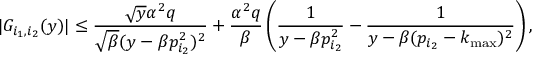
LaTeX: | { \cal G } _ { i _ { 1 } , i _ { 2 } } ( y ) | \leq { \frac { \sqrt { y } \alpha ^ { 2 } q } { \sqrt { \beta } ( y - \beta p _ { i _ { 2 } } ^ { 2 } ) ^ { 2 } } } + \frac { \alpha ^ { 2 } q } { \beta } \left( \frac { 1 } { y - \beta p _ { i _ { 2 } } ^ { 2 } } - { \frac { 1 } { y - \beta ( p _ { i _ { 2 } } - k _ { \mathrm { m a x } } ) ^ { 2 } } } \right) ,